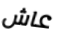
عاش